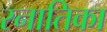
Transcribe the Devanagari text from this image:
स्नातिका